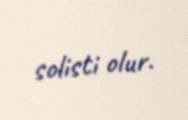
solisti olur.